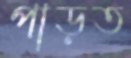
পাড়ত